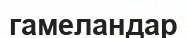
гамеландар